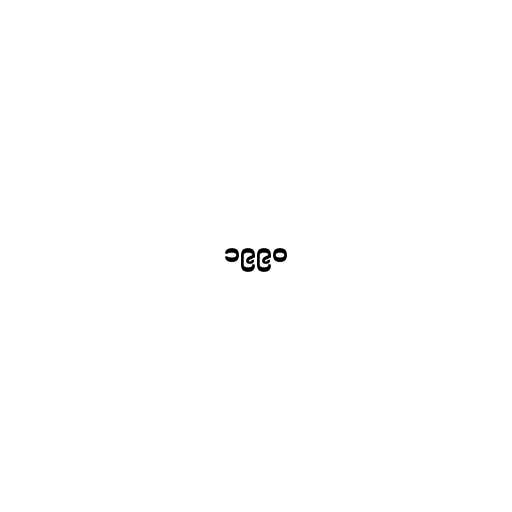
၁၉၉၀